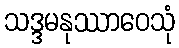
သဒ္ဒမနုဿာဝေသုံ